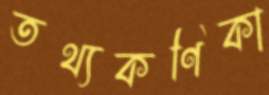
তথ্যকণিকা